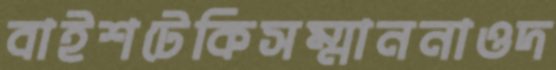
বাইশটেকিসম্মাননাওদ